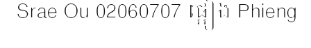
Srae Ou 02060707 ផ្អៀង Phieng